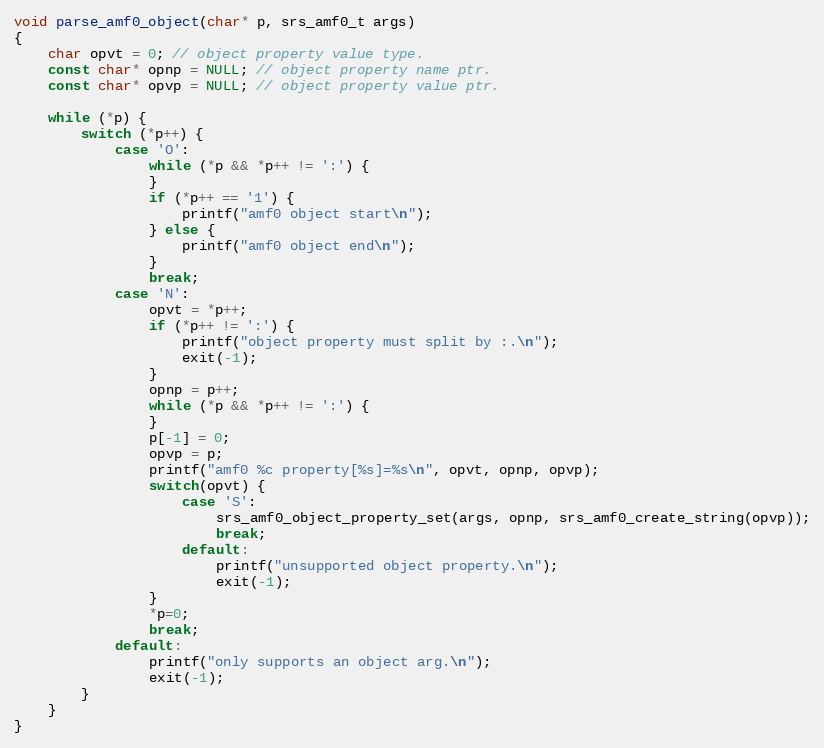
Language: C
void parse_amf0_object(char* p, srs_amf0_t args)
{
    char opvt = 0; // object property value type.
    const char* opnp = NULL; // object property name ptr.
    const char* opvp = NULL; // object property value ptr.

    while (*p) {
        switch (*p++) {
            case 'O':
                while (*p && *p++ != ':') {
                }
                if (*p++ == '1') {
                    printf("amf0 object start\n");
                } else {
                    printf("amf0 object end\n");
                }
                break;
            case 'N':
                opvt = *p++;
                if (*p++ != ':') {
                    printf("object property must split by :.\n");
                    exit(-1);
                }
                opnp = p++;
                while (*p && *p++ != ':') {
                }
                p[-1] = 0;
                opvp = p;
                printf("amf0 %c property[%s]=%s\n", opvt, opnp, opvp);
                switch(opvt) {
                    case 'S':
                        srs_amf0_object_property_set(args, opnp, srs_amf0_create_string(opvp));
                        break;
                    default:
                        printf("unsupported object property.\n");
                        exit(-1);
                }
                *p=0;
                break;
            default:
                printf("only supports an object arg.\n");
                exit(-1);
        }
    }
}